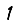
Digit: 1